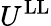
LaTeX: U^{\mathrm{LL}}